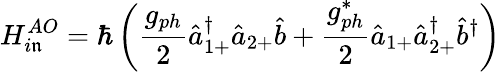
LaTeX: H_{i\mathfrak{n}}^{AO}=\hbar\left(\frac{{g_{ph}}}{{2}}\hat{{a}}_{1+}^{\dagger}\hat{{a}}_{2+}\hat{{b}}+\frac{{g_{ph}^{*}}}{{2}}\hat{{a}}_{1+}\hat{{a}}_{2+}^{\dagger}\hat{{b}}^{\dagger}\right)